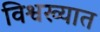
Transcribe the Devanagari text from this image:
विश्वख्यात